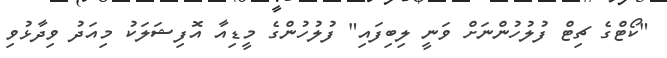
"ކޯޓްގެ ޗިޓް ފުލުހުންނަށް ވަނީ ލިބިފައި" ފުލުހުންގެ މީޑިއާ އޮފިޝަލަކު މިއަދު ވިދާޅުވި